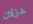
غزلان